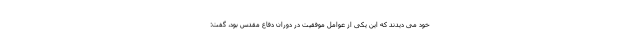
خود می دیدند که این یکی از عوامل موفقیت در دوران دفاع مقدس بود، گفت: